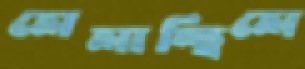
লেলাচ্ছিলে